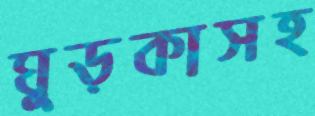
ঘুড়কাসহ